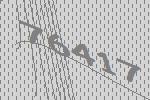
76417